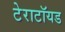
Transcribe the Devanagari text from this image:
टेराटॉयड